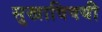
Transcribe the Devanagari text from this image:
सुखाविषयी